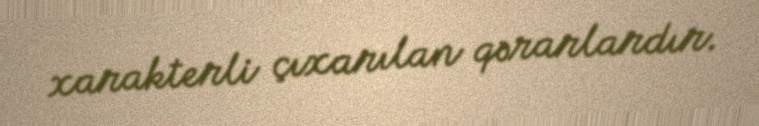
xarakterli çıxarılan qərarlardır.